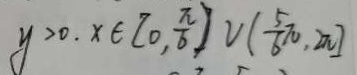
y > 0 . x \in [ 0 , \frac { \pi } { 6 } ) \cup ( \frac { 5 } { 6 } \pi , 2 \pi ]